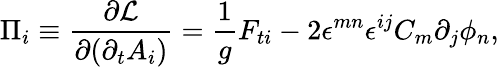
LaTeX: \Pi_{i}\equiv{\frac{\partial{\cal L}}{\partial{(\partial_{t}A_{i})}}}={\frac{1}{g}}F_{ti}-2\epsilon^{mn}\epsilon^{ij}C_{m}\partial_{j}\phi_{n},